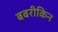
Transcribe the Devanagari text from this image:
बबरीकिन